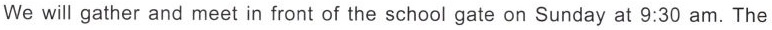
We will gather and meet in front of the school gate on Sunday at 9:30 am. The